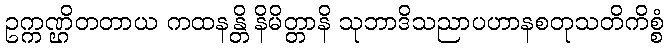
ဥက္ကဏ္ဌိတတာယ ကထနန္တိ နိမိတ္တာနိ သုဘာဒိသညာပဟာနစတုသတိကိစ္စံ